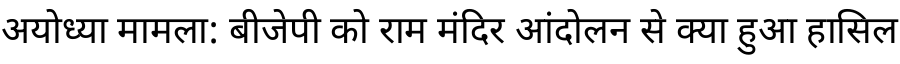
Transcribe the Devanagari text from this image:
अयोध्या मामला: बीजेपी को राम मंदिर आंदोलन से क्या हुआ हासिल